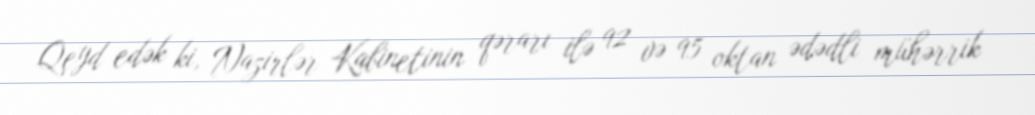
Qeyd edək ki, Nazirlər Kabinetinin qərarı ilə 92 və 95 oktan ədədli mühərrik